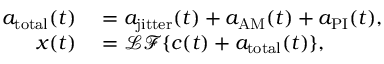
\begin{array} { r l } { a _ { \mathrm { t o t a l } } ( t ) } & { { } = a _ { \mathrm { j i t t e r } } ( t ) + a _ { \mathrm { A M } } ( t ) + a _ { \mathrm { P I } } ( t ) , } \\ { x ( t ) } & { { } = \mathcal { L F } \{ c ( t ) + a _ { \mathrm { t o t a l } } ( t ) \} , } \end{array}